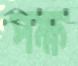
পক্ষ